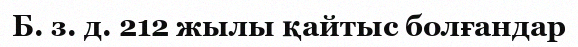
Б. з. д. 212 жылы қайтыс болғандар